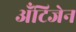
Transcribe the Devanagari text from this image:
ॲंटिजेन